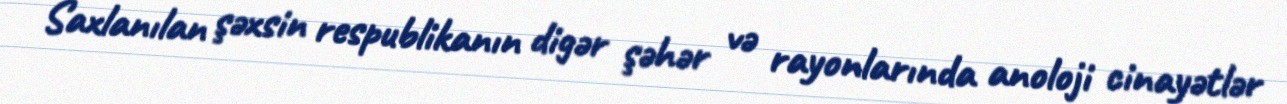
Saxlanılan şəxsin respublikanın digər şəhər və rayonlarında anoloji cinayətlər